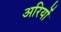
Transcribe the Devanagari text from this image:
अरियों